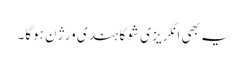
یہ بھی انگریز ی شو کا ہندی ورژن ہوگا۔